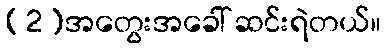
(2)အတွေးအခေါ် ဆင်းရဲတယ်။